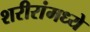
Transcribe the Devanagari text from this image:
शरीरांमध्ये